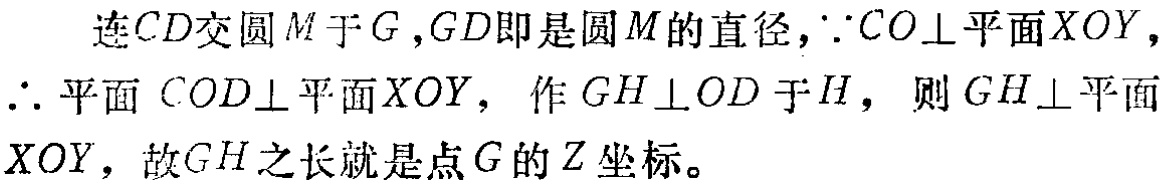
连$CD$交圆$M$于$G$,$GD$即是圆$M$的直径,$\because CO\perp$平面$XOY$,
$\therefore$平面$COD\perp$平面$XOY$, 作$GH\perp OD$于$H$，则$GH\perp$平面
$XOY$，故$GH$之长就是点$G$的$Z$坐标。